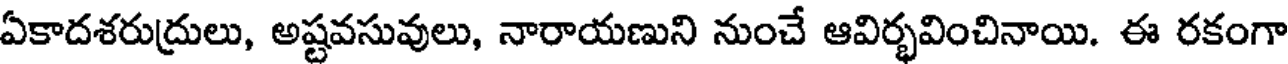
ఏకాదశరుద్రులు, అష్టవసువులు, నారాయణుని నుంచే ఆవిర్భవించినాయి. ఈ రకంగా